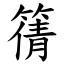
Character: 篟